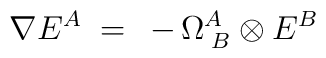
\nabla E^A\;=\;\,-\,\Omega_{\;B}^A \otimes E^B